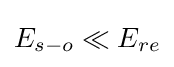
E_{s-o}\ll E_{re}